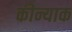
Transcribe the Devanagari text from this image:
कीन्याक